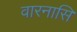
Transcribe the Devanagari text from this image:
वारनासि